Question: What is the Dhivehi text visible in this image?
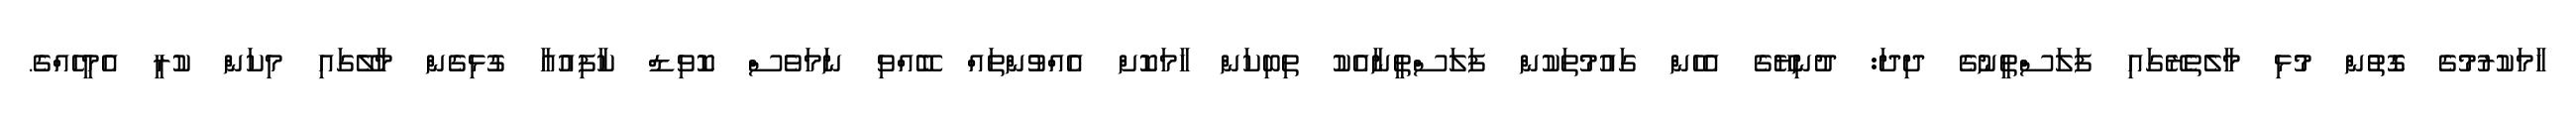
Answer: ހާމަކުރުމުގެ ގޮތުން މުޅި މާލެތެރޭގައި ފަލަސްތީނުގެ ދިދަ: ދުނިޔޭގެ އެހެން ގައުމުތަކުން ފަލަސްތީނާއެކު ތިބިކަން ހާމަކޮށް އެއްވުންތައް ބޭއްވި ނަމަވެސް ކޮވިޑް ކާފިއުއާ ގުޅިގެން މާލޭގައި މިކަން ކުރީ އެމީހެއްގެ.